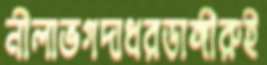
নীলাভগদাধরডাঙ্গীরুই